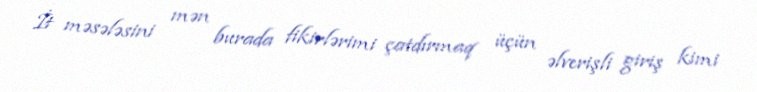
İt məsələsini mən burada fikirlərimi çatdırmaq üçün əlverişli giriş kimi